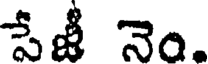
పేజీ నెం.